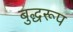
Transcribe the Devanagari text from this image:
बुद्धरूप